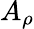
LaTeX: A_{\rho}